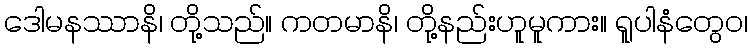
ဒေါမနဿာနိ၊ တို့သည်။ ကတမာနိ၊ တို့နည်းဟူမူကား။ ရူပါနံတွေဝ၊